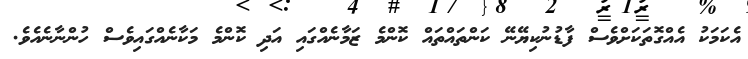
އެކަމަކު އެއްގޮތަކަށްވެސް ފާޑުނުކިޔޭނޭ ކަންތައްތައް ކޮންމެ ޒަމާނެއްގައި އަދި ކޮންމެ މަކާނެއްގައިވެސް ހުންނާނެއެވެ.